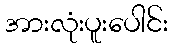
အားလုံးပူးပေါင်း